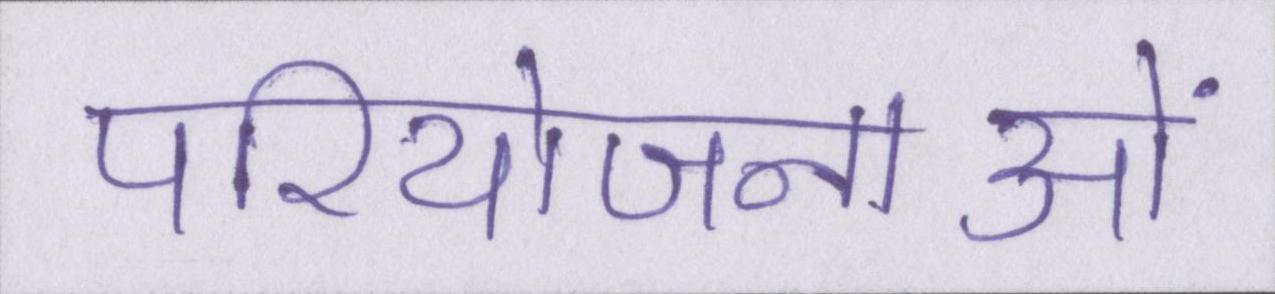
परियोजनाओं